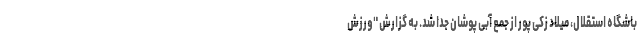
باشگاه استقلال، میلاد زکی پور از جمع آبی پوشان جدا شد. به گزارش "ورزش